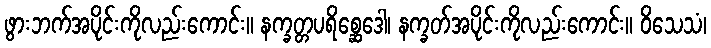
ဖွားဘက်အပိုင်းကိုလည်းကောင်း။ နက္ခတ္တပရိစ္ဆေဒေါ၊ နက္ခတ်အပိုင်းကိုလည်းကောင်း။ ဝိသေသံ၊